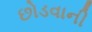
છોડવાની